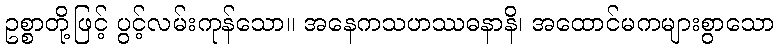
ဥစ္စာတို့ဖြင့် ပွင့်လမ်းကုန်သော။ အနေကသဟဿဓနာနိ၊ အထောင်မကများစွာသော